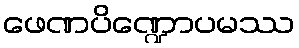
ဖေဏပိဏ္ဍောပမဿ